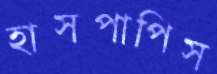
হাসপাপিস